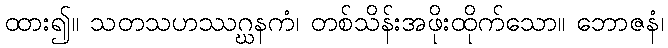
ထား၍။ သတသဟဿဂ္ဃနကံ၊ တစ်သိန်းအဖိုးထိုက်သော။ ဘောဇနံ၊